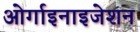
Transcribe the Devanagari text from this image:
ओर्गाइनाइजेशन